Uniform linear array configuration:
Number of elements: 4
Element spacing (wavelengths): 1
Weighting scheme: exponential
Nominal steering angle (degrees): -45
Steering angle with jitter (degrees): -46.892
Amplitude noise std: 0.05
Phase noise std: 0.05

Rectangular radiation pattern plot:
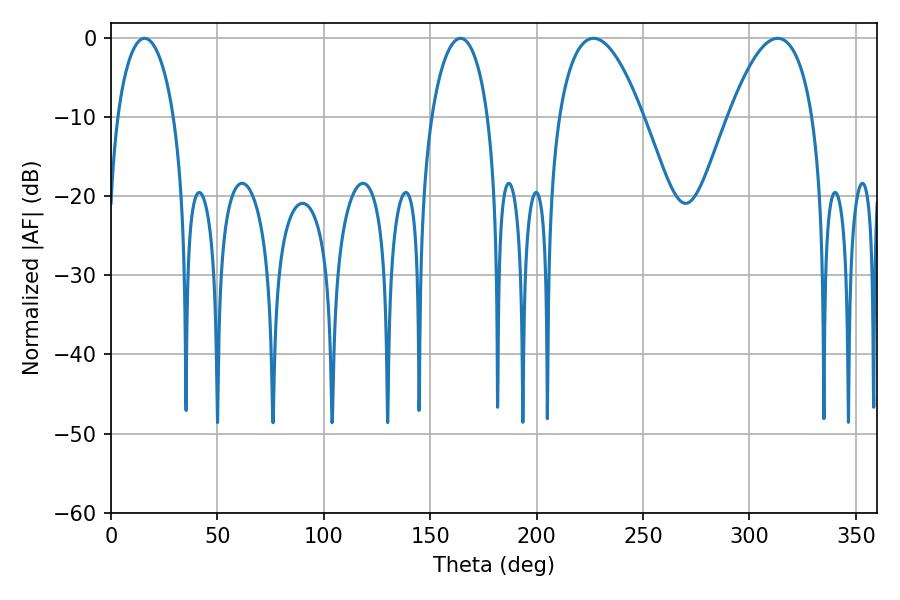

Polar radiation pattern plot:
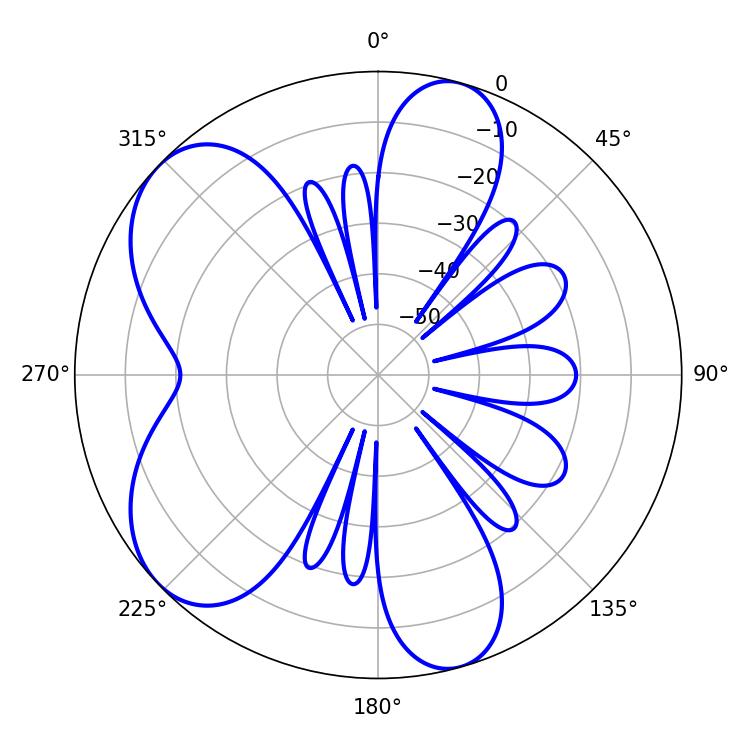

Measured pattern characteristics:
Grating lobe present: TRUE
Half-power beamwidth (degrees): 21.96
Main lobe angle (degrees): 226.8